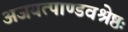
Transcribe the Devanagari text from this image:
अजयत्पाण्डवश्रेष्ठः